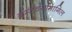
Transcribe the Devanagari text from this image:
ब्रम्ह्चर्यामागिल